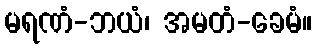
မရဏံ-ဘယံ၊ အမတံ-ခေမံ။